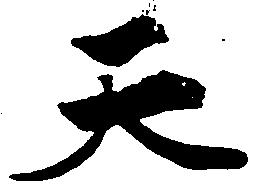
天